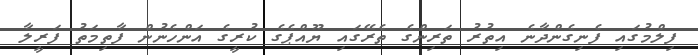
ފިލްމުގައި ފެނިގެންދާނެ އިތުރު ތަރިންގެ ތެރޭގައި ޔޫއްޕެގެ ކުރީގެ އަންހެނުން ފާތިމަތު ފަރީލާ